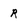
Character: R